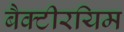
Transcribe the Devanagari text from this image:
बैक्टीरयिम